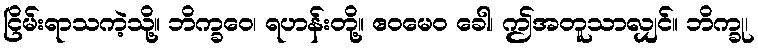
ငြိမ်းရာသကဲ့သို့။ ဘိက္ခဝေ၊ ရဟန်းတို့။ ဧဝမေဝ ခေါ၊ ဤအတူသာလျှင်။ ဘိက္ခု၊